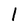
Character: 1